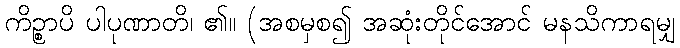
ကိဉ္စာပိ ပါပုဏာတိ၊ ၏။ (အစမှစ၍ အဆုံးတိုင်အောင် မနသိကာရမျှ